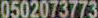
0502073773